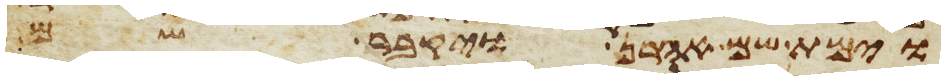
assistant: וימת שם אהרן ויקבר שם